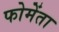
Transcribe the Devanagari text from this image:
फोमेंता